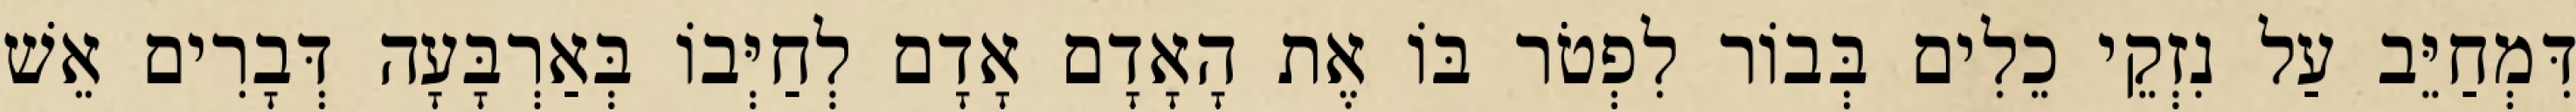
דִּמְחַיֵּב עַל נִזְקֵי כֵלִים בְּבוֹר לִפְטֹר בּוֹ אֶת הָאָדָם אָדָם לְחַיְּבוֹ בְּאַרְבָּעָה דְּבָרִים אֵשׁ